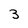
Character: 3